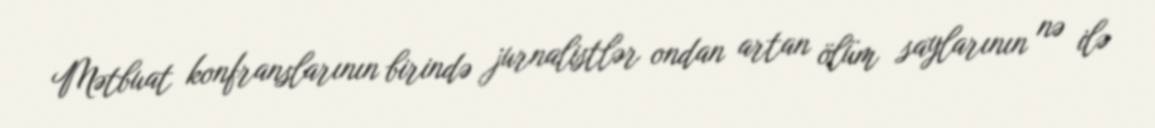
Mətbuat konfranslarının birində jurnalistlər ondan artan ölüm saylarının nə ilə